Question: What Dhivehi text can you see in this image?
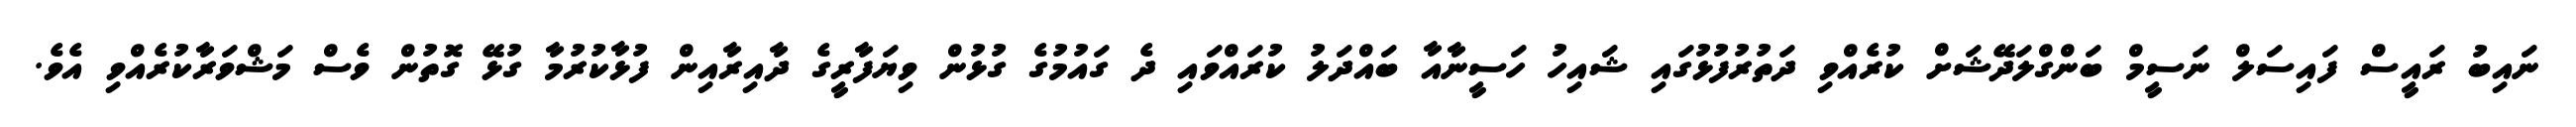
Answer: ނައިބު ރައީސް ފައިސަލް ނަސީމް ބަންގްލަދޭޝަށް ކުރެއްވި ދަތުރުފުޅުގައި ޝައިހު ހަސީނާއާ ބައްދަލު ކުރައްވައި ދެ ގައުމުގެ ގުޅުން ވިޔަފާރީގެ ދާއިރާއިން ފުޅާކުރުމާ ގުޅޭ ގޮތުން ވެސް މަޝްވަރާކުރެއްވި އެވެ.